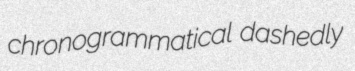
chronogrammatical dashedly